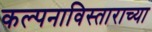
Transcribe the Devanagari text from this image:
कल्पनाविस्ताराच्या